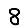
Digit: 8